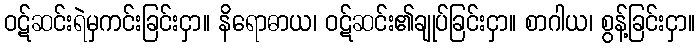
ဝဋ်ဆင်းရဲမှကင်းခြင်းငှာ။ နိရောဓာယ၊ ဝဋ်ဆင်း၏ချုပ်ခြင်းငှာ။ စာဂါယ၊ စွန့်ခြင်းငှာ။